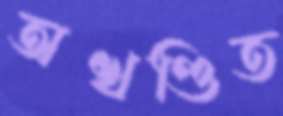
অখণ্ডিত